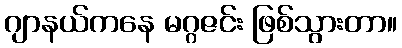
ဂျာနယ်ကနေ မဂ္ဂဇင်း ဖြစ်သွားတာ။